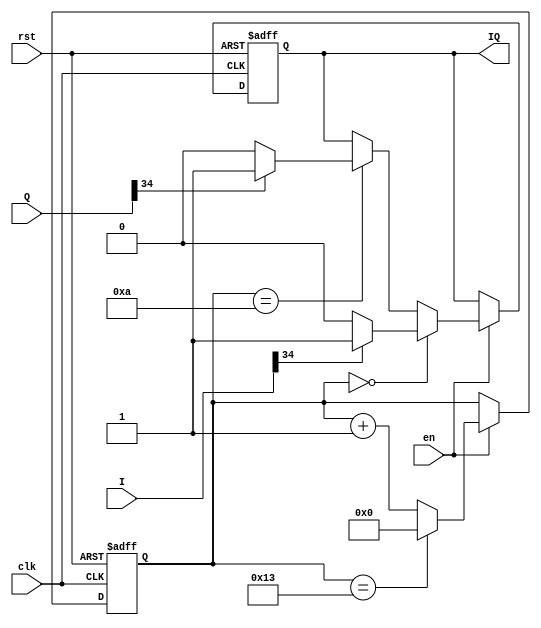
//
module identify(en,clk,rst,I,Q,IQ);
input en;
input clk;
input rst;
input signed [34:0] I,Q;//
output IQ;
reg IQ_buff;
reg [5:0] count_i;

assign IQ=IQ_buff;

always @(posedge clk or negedge rst)
if(!rst)
	begin
		count_i<=6'b0;
		IQ_buff<=0;
	end
else
	begin
	if(en==1)
	begin
		if(count_i==0)
		begin
		if(I[34]==1)
			IQ_buff<=1;
		else
			IQ_buff<=0;
		end
		else if(count_i==10)
		begin
			if(Q[34]==1)
				IQ_buff<=1;
			else
				IQ_buff<=0;
		end
		if(count_i==19)
		begin
			count_i<=0;
		end
		else
		begin
			count_i<=count_i+1;
		end
	end
end
endmodule